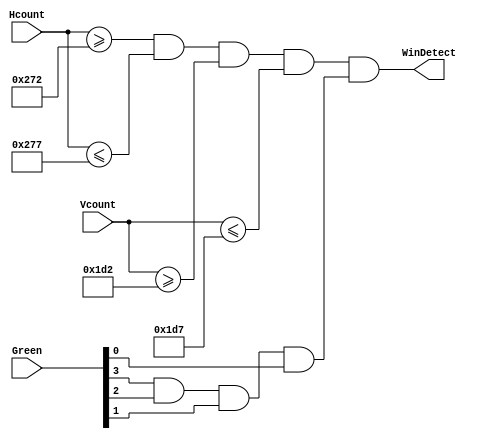
`timescale 1ns / 1ps
//////////////////////////////////////////////////////////////////////////////////
// Company: 
// Engineer: 
// 
// Design Name: 
// Module Name: WinDetector
// Project Name: 
// Target Devices: 
// Tool Versions: 
// Description: 
// 
// Dependencies: 
// 
// Revision:
// Revision 0.01 - File Created
// Additional Comments:
// 
//////////////////////////////////////////////////////////////////////////////////


module WinDetector(
    input [9:0] Hcount,
    input [9:0] Vcount,
    input [3:0] Green,
    output WinDetect
    );
    
    assign WinDetect = (Hcount >= 10'b1001110010) & (Hcount <= 10'b1001110111) & (Vcount >= 10'b0111010010) & 
                       (Vcount <= 10'b0111010111) & (Green[3] & Green[2] & Green[1] & Green[0]);
    
endmodule